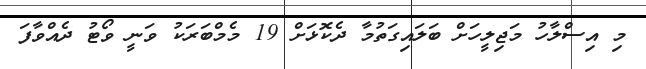
މި އިސްލާހު މަޖިލީހަށް ބަލައިގަތުމާ ދެކޮޅަށް 19 މެމްބަރަކު ވަނީ ވޯޓު ދެއްވާފަ